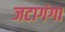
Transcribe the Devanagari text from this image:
जटागंगा